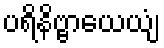
ပရိနိဗ္ဗာယေယျံ